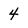
Character: 4